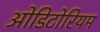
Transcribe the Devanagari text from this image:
ओडिटोरियम